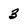
Character: 3